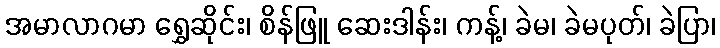
အမာလာဂမာ ရွှေဆိုင်း၊ စိန်ဖြူ ဆေးဒါန်း၊ ကန့်၊ ခဲမ၊ ခဲမပုတ်၊ ခဲပြာ၊